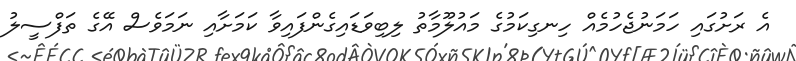
އެ ރަށުގައި ހަމަނުޖެހުމެއް ހިނގިކަމުގެ މައުލޫމާތު ލިބިވަޑައިގެންފައިވާ ކަމަށާއި ނަމަވެސް އޭގެ ތަފްސީލު